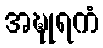
အဍ္ဎုရကံ